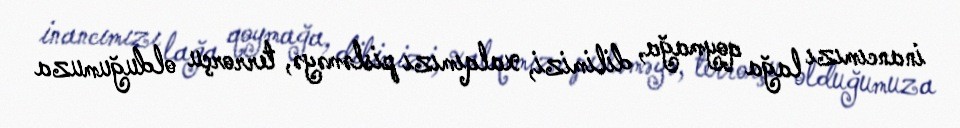
inancımızı lağa qoymağa, dilimizi, xalqımızı pisləməyə, terrorçu olduğumuza